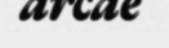
arcae